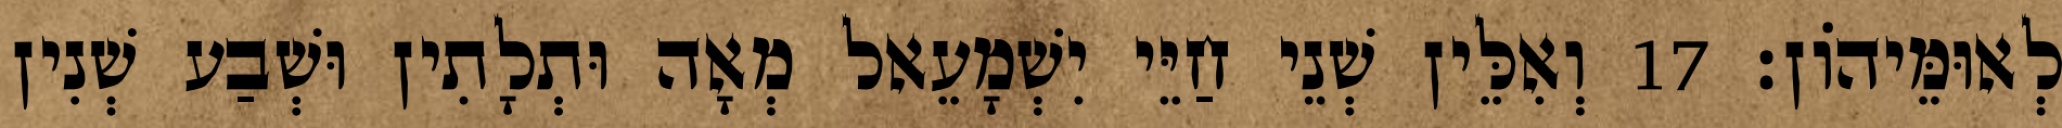
לְאוּמֵּיהוֹן׃ 17 וְאִלֵּין שְׁנֵי חַיֵּי יִשְׁמָעֵאל מְאָה וּתְלָתִין וּשְׁבַע שְׁנִין